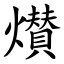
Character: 㸇